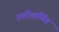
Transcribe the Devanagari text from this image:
उपरिवर्णित